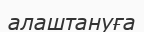
алаштануға